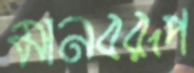
মানবরূপ